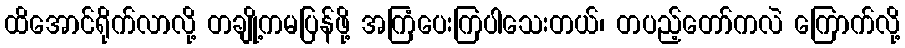
ထိအောင်ရိုက်လာလို့ တချို့ကမပြန်ဖို့ အကြံပေးကြပါသေးတယ်၊ တပည့်တော်ကလဲ ကြောက်လို့